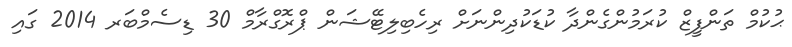
ޙުކުމް ތަންފީޒް ކުރަމުންގެންދާ ކުޑަކުދިންނަށް ރިހެބިލިޓޭޝަން ޕްރޮގްރާމް 30 ޑިސެމްބަރ 2014 ގައި